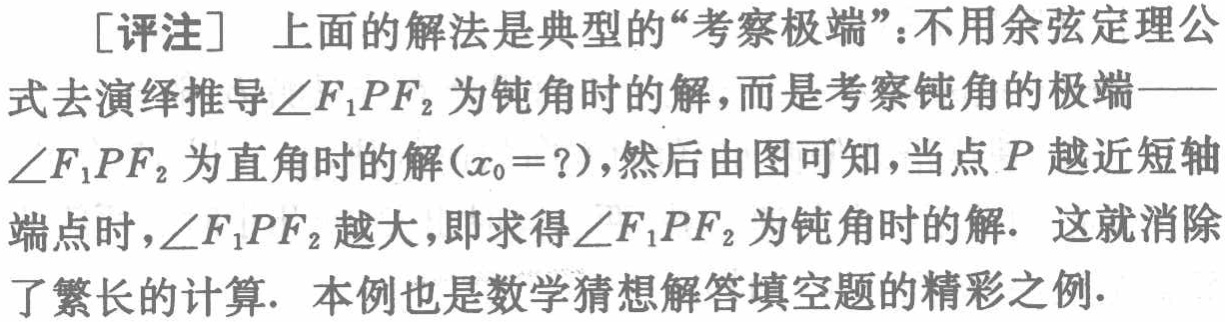
[评注] 上面的解法是典型的“考察极端”：不用余弦定理公式去演绎推导\(\angle F_{1}PF_{2}\)为钝角时的解，而是考察钝角的极端——\(\angle F_{1}PF_{2}\)为直角时的解\((x_{0}=?)\)，然后由图可知，当点\(P\)越近短轴端点时，\(\angle F_{1}PF_{2}\)越大，即求得\(\angle F_{1}PF_{2}\)为钝角时的解. 这就消除了繁长的计算. 本例也是数学猜想解答填空题的精彩之例.